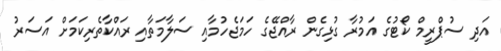
އަދި ސުޕްރީމް ކޯޓުގެ އަމުރާ ގުޅިގެން ރާއްޖޭގެ ހަމަޖެހުމާއި ސަލާމަތާއި ރައްކާތެރިކަމަށް އަސަރު